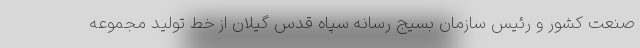
صنعت کشور و رئیس سازمان بسیج رسانه سپاه قدس گیلان از خط تولید مجموعه